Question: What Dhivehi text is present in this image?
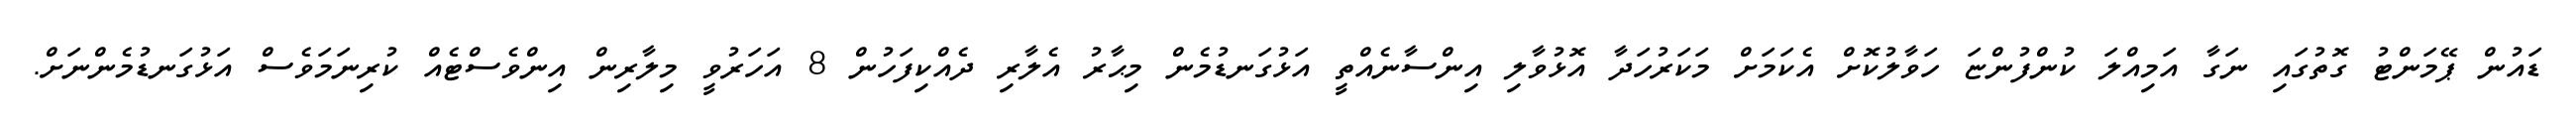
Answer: ޑައުން ޕޭމަންޓު ގޮތުގައި ނަގާ އަމިއްލަ ކުންފުންޏަ ހަވާލުކޮށް އެކަމަށް މަކަރުހަދާ އޮޅުވާލި އިންސާނެއްތީ އަޅުގަނޑުމެން މިޙާރު އެލާރި ދެއްކިފަހުން 8 އަހަރުވީ މިލާރިން އިންވެސްޓެއް ކުރިނަމަވެސް އަޅުގަނޑުމެންނަށް.